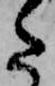
た